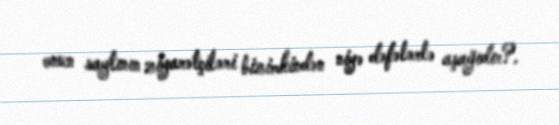
onun saytının ziyarətçiləri bizimkindən niyə dəfələrlə aşağıdır?.